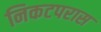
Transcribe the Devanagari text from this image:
निकटपरास